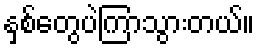
နှစ်တွေပဲကြာသွားတယ်။